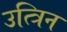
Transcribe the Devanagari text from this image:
उत्त्रिन